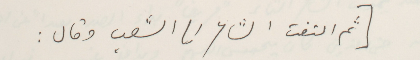
[ ثم التفت الشاعر الى الشعب وقال :